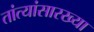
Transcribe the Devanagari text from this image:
तांत्यांसारख्या